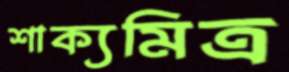
শাক্যমিত্র